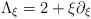
LaTeX: \begin{align*} \Lambda_\xi=2+\xi \partial_\xi\end{align*}